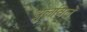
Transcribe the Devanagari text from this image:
झुलविलें